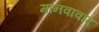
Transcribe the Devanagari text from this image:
मानवावाद